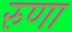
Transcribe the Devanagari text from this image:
रुणा